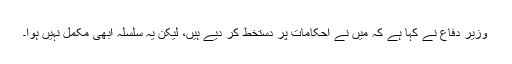
وزیر دفاع نے کہا ہے کہ میں نے احکامات پر دستخط کر دیے ہیں، لیکن یہ سلسلہ ابھی مکمل نہیں ہوا۔